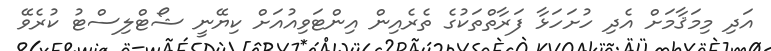
އަދި މިމަޤާމަށް އެދި ހުށަހަޅާ ފަރާތްތަކުގެ ތެރެއިން އިންޓަވިއުއަށް ކިޔޭނީ ޝޯޓްލިސްޓު ކުރެވޭ